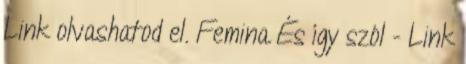
Link olvashatod el. Femina És így szól - Link